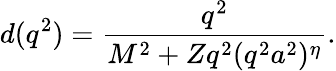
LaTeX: d(q^{2})={\frac{q^{2}}{M^{2}+Zq^{2}(q^{2}a^{2})^{\eta}}}.